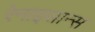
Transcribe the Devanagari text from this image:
रेनाइसान्स